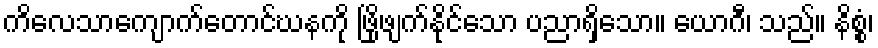
ကိလေသာကျောက်တောင်ဃနကို ဖြိုဖျက်နိုင်သော ပညာရှိသော။ ယောဂီ၊ သည်။ နိစ္စံ၊